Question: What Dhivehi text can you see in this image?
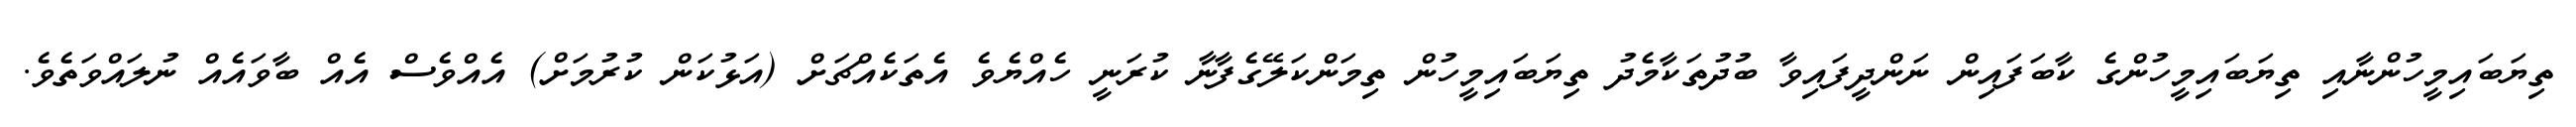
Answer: ތިޔަބައިމީހުންނާއި ތިޔަބައިމީހުންގެ ކާބަފައިން ނަންދީފައިވާ ބުދުތަކާމެދު ތިޔަބައިމީހުން ތިމަންކަލޭގެފާނާ ކުރަނީ ހެއްޔެވެ އެތަކެއްޗަށް (އަޅުކަން ކުރުމަށް) އެއްވެސް އެއް ބާވައެއް ނުލައްވަތެވެ.